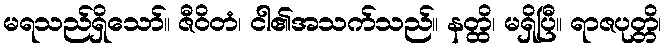
မရသည်ရှိသော်။ ဇီဝိတံ၊ ငါ၏အသက်သည်။ နတ္ထိ၊ မရှိပြီ။ ရာဇပုတ္တိ၊